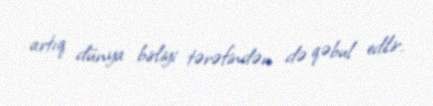
artıq dünya birliyi tərəfindən də qəbul edilir.